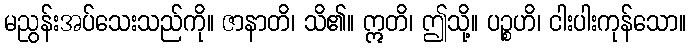
မညွန်းအပ်သေးသည်ကို။ ဇာနာတိ၊ သိ၏။ ဣတိ၊ ဤသို့။ ပဉ္စဟိ၊ ငါးပါးကုန်သော။